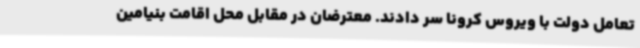
تعامل دولت با ویروس کرونا سر دادند. معترضان در مقابل محل اقامت بنیامین